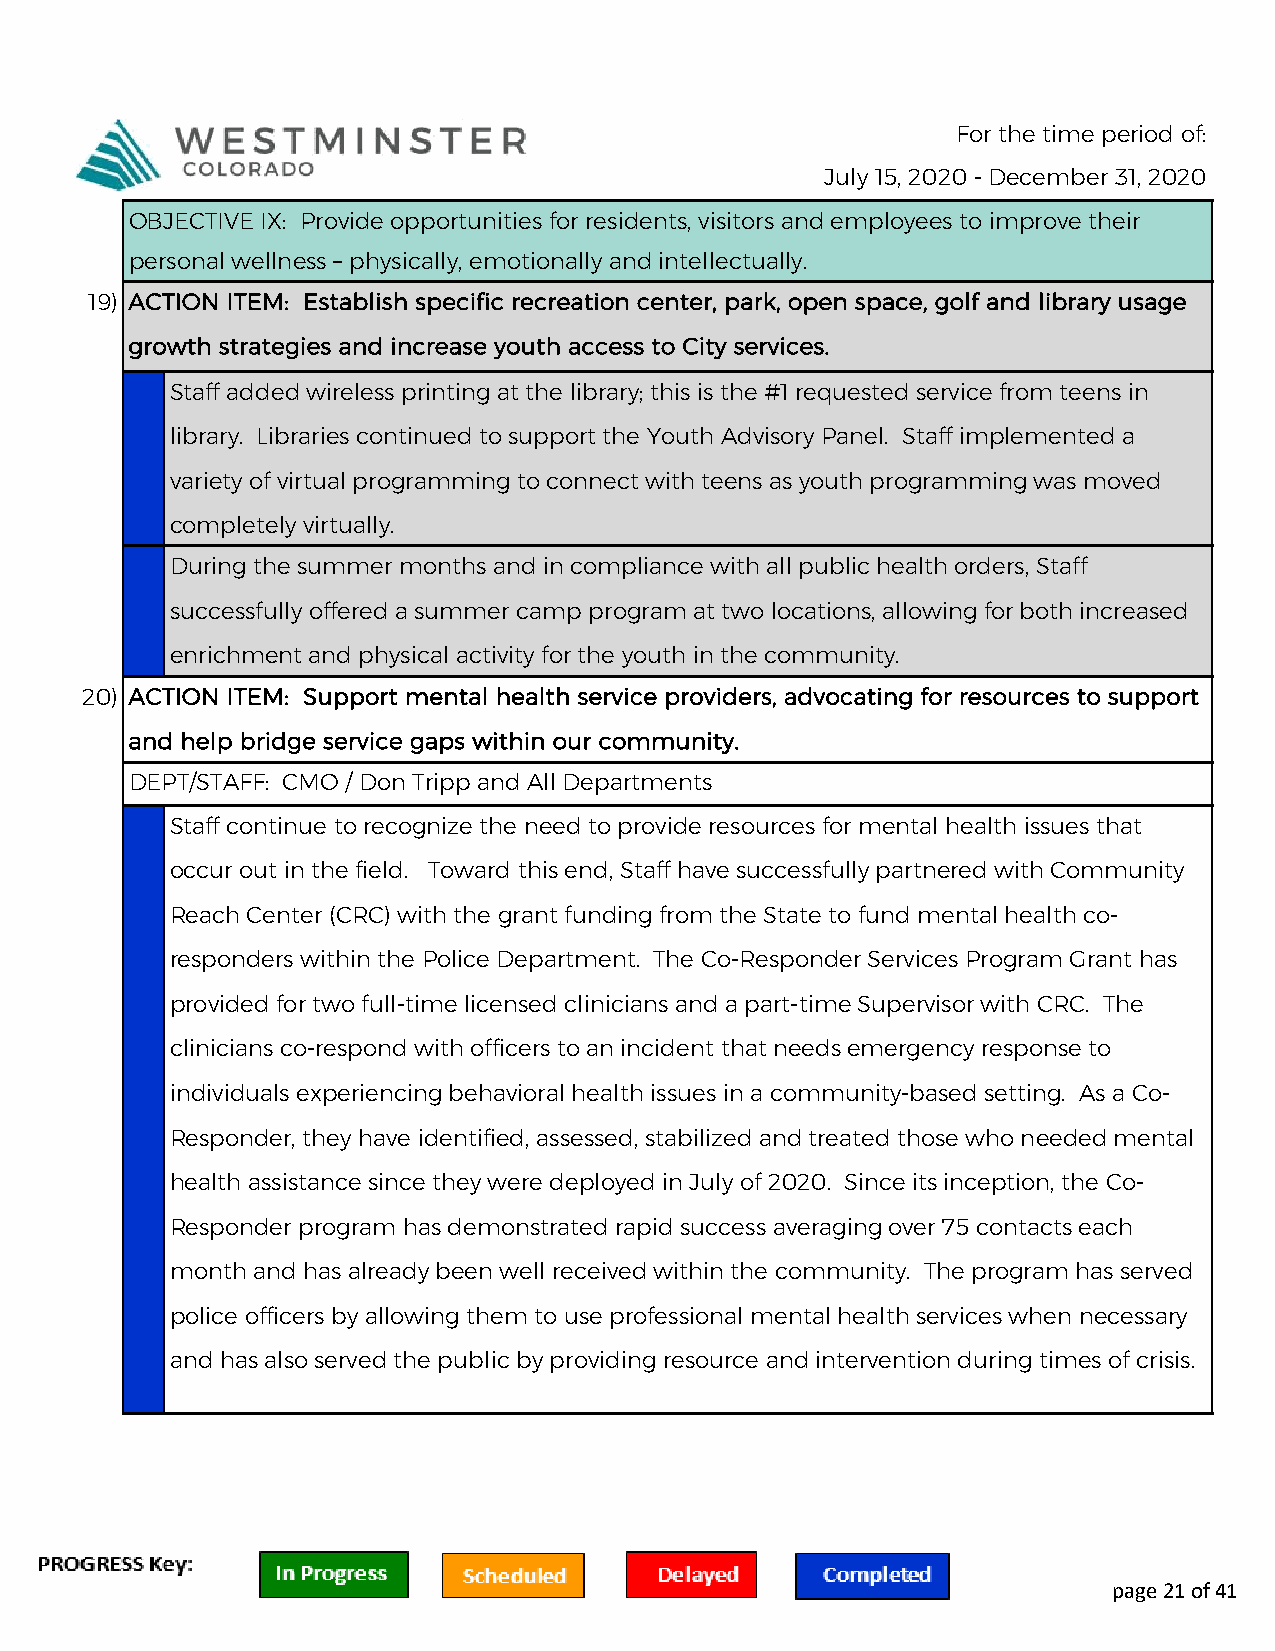
For the time period of:
 July 15, 2020 - December 31, 2020
 OBJECTIVE IX: Provide opportunities for residents, visitors and employees to improve their
 personal wellness – physically, emotionally and intellectually.
 19) ACTION ITEM: Establish specific recreation center, park, open space, golf and library usage
 growth strategies and increase youth access to City services.
 Staff added wireless printing at the library; this is the #1 requested service from teens in
 library. Libraries continued to support the Youth Advisory Panel. Staff implemented a
 variety of virtual programming to connect with teens as youth programming was moved
 completely virtually.
 During the summer months and in compliance with all public health orders, Staff
 successfully offered a summer camp program at two locations, allowing for both increased
 enrichment and physical activity for the youth in the community.
 20) ACTION ITEM: Support mental health service providers, advocating for resources to support
 and help bridge service gaps within our community.
 DEPT/STAFF: CMO / Don Tripp and All Departments
 Staff continue to recognize the need to provide resources for mental health issues that
 occur out in the field. Toward this end, Staff have successfully partnered with Community
 Reach Center (CRC) with the grant funding from the State to fund mental health co-
 responders within the Police Department. The Co-Responder Services Program Grant has
 provided for two full-time licensed clinicians and a part-time Supervisor with CRC. The
 clinicians co-respond with officers to an incident that needs emergency response to
 individuals experiencing behavioral health issues in a community-based setting. As a Co-
 Responder, they have identified, assessed, stabilized and treated those who needed mental
 health assistance since they were deployed in July of 2020. Since its inception, the Co-
 Responder program has demonstrated rapid success averaging over 75 contacts each
 month and has already been well received within the community. The program has served
 police officers by allowing them to use professional mental health services when necessary
 and has also served the public by providing resource and intervention during times of crisis.
 page 21 of 41